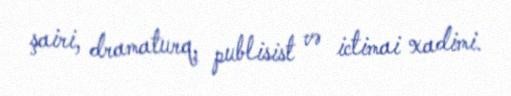
şairi, dramaturq, publisist və ictimai xadimi.